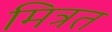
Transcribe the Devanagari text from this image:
मित्रत